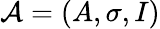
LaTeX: {\mathcal{A}}=(A,\sigma,I)